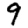
Digit: 9